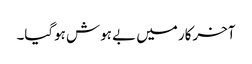
آخرکار میں بے ہوش ہوگیا۔